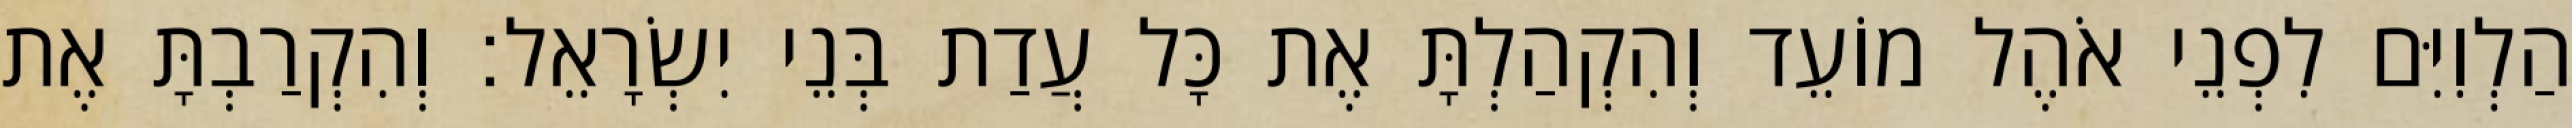
הַלְוִיִּם לִפְנֵי אֹהֶל מוֹעֵד וְהִקְהַלְתָּ אֶת כָּל עֲדַת בְּנֵי יִשְׂרָאֵל׃ וְהִקְרַבְתָּ אֶת